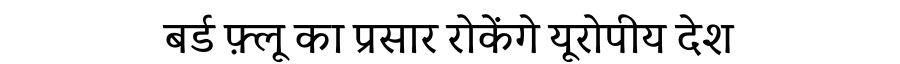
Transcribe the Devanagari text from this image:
बर्ड फ़्लू का प्रसार रोकेंगे यूरोपीय देश